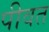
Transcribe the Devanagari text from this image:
पीवत